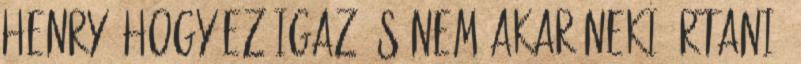
Henry, hogy ez igaz és nem akar neki ártani?